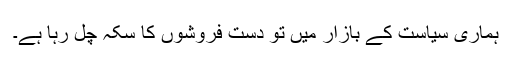
ہماری سیاست کے بازار میں تو دست فروشوں کا سکہ چل رہا ہے۔